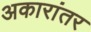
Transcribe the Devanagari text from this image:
अकारांतर